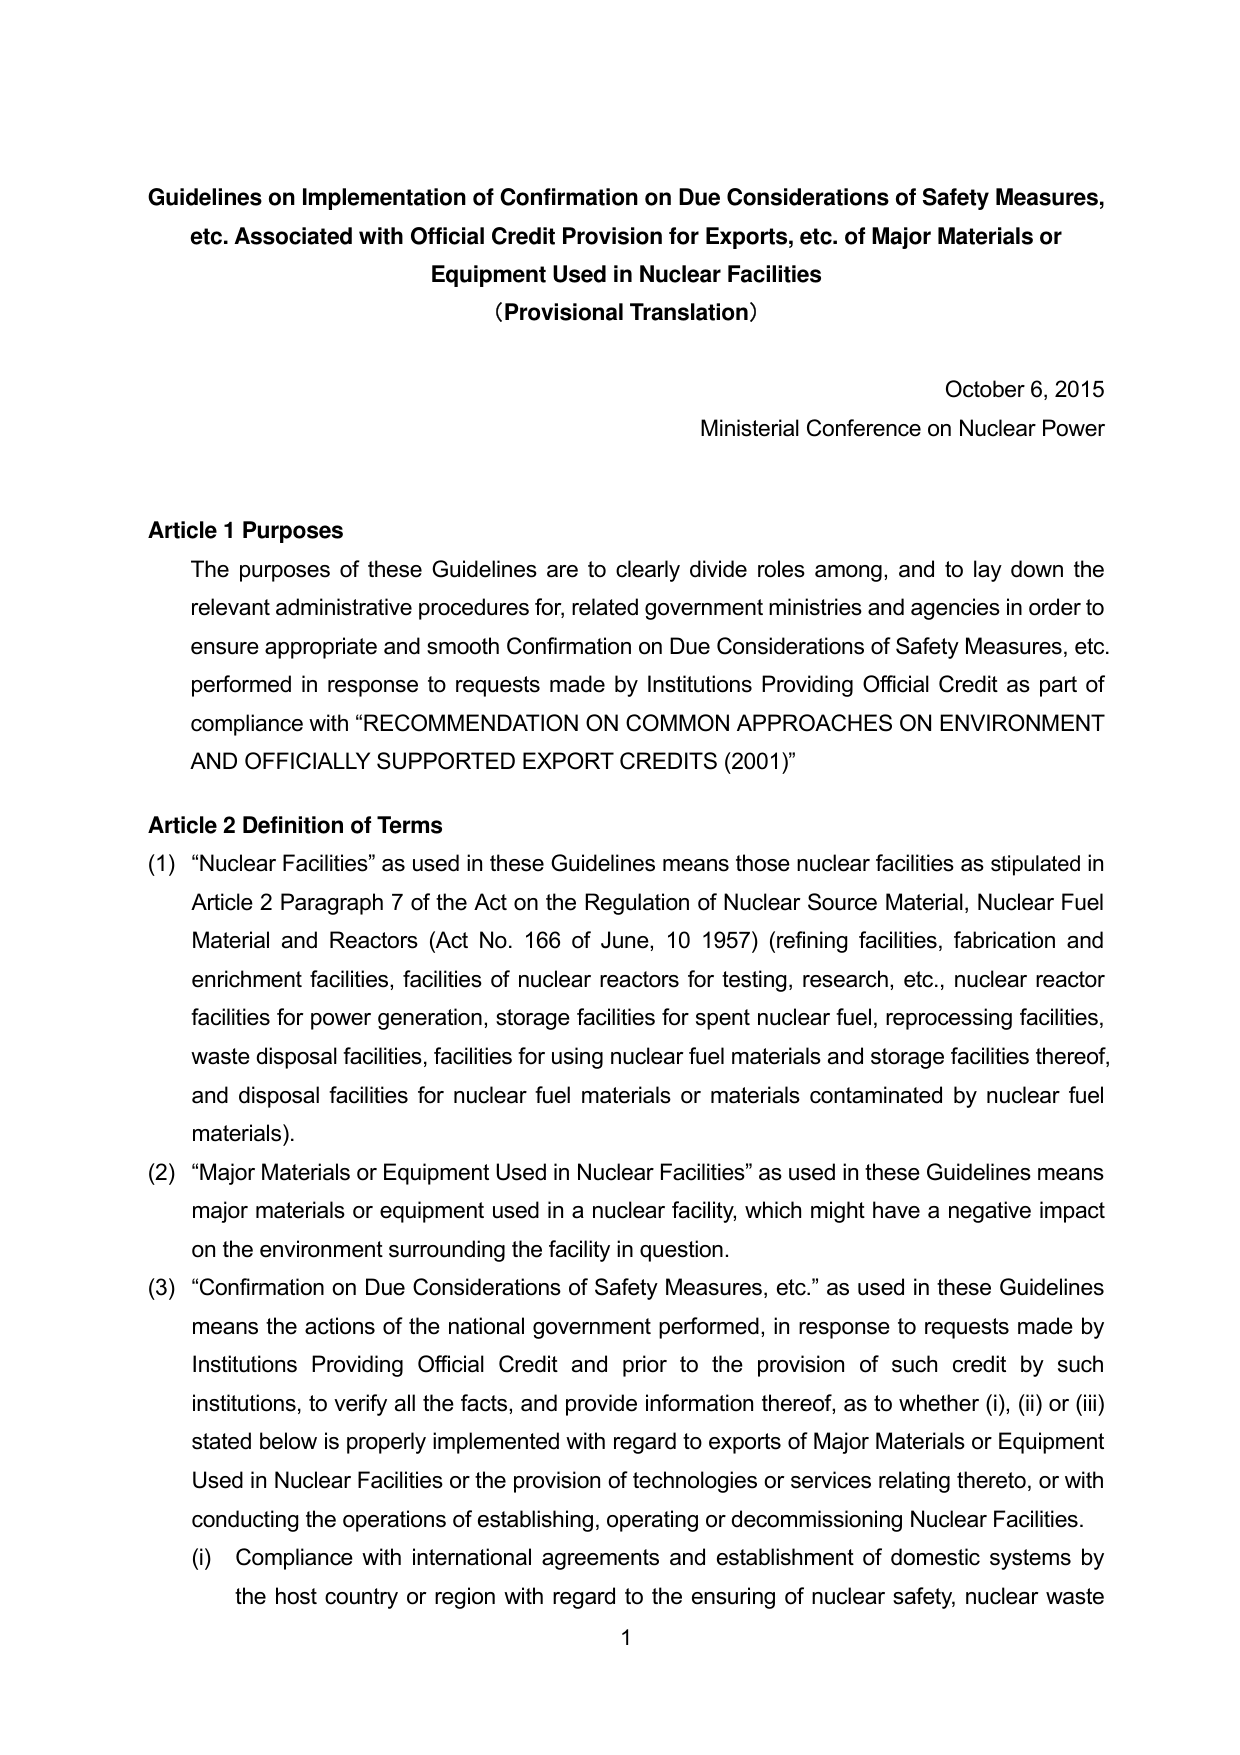
Guidelines on Implementation of Confirmation on Due Considerations of Safety Measures, etc. Associated with Official Credit Provision for Exports, etc. of Major Materials or Equipment Used in Nuclear Facilities
(Provisional Translation)

October 6, 2015
Ministerial Conference on Nuclear Power

Article 1 Purposes
The purposes of these Guidelines are to clearly divide roles among, and to lay down the relevant administrative procedures for, related government ministries and agencies in order to ensure appropriate and smooth Confirmation on Due Considerations of Safety Measures, etc. performed in response to requests made by Institutions Providing Official Credit as part of compliance with “RECOMMENDATION ON COMMON APPROACHES ON ENVIRONMENT AND OFFICIALLY SUPPORTED EXPORT CREDITS (2001)”

Article 2 Definition of Terms
(1) “Nuclear Facilities” as used in these Guidelines means those nuclear facilities as stipulated in Article 2 Paragraph 7 of the Act on the Regulation of Nuclear Source Material, Nuclear Fuel Material and Reactors (Act No. 166 of June, 10 1957) (refining facilities, fabrication and enrichment facilities, facilities of nuclear reactors for testing, research, etc., nuclear reactor facilities for power generation, storage facilities for spent nuclear fuel, reprocessing facilities, waste disposal facilities, facilities for using nuclear fuel materials and storage facilities thereof, and disposal facilities for nuclear fuel materials or materials contaminated by nuclear fuel materials).
(2) “Major Materials or Equipment Used in Nuclear Facilities” as used in these Guidelines means major materials or equipment used in a nuclear facility, which might have a negative impact on the environment surrounding the facility in question.
(3) “Confirmation on Due Considerations of Safety Measures, etc.” as used in these Guidelines means the actions of the national government performed, in response to requests made by Institutions Providing Official Credit and prior to the provision of such credit by such institutions, to verify all the facts, and provide information thereof, as to whether (i), (ii) or (iii) stated below is properly implemented with regard to exports of Major Materials or Equipment Used in Nuclear Facilities or the provision of technologies or services relating thereto, or with conducting the operations of establishing, operating or decommissioning Nuclear Facilities.
(i) Compliance with international agreements and establishment of domestic systems by the host country or region with regard to the ensuring of nuclear safety, nuclear waste

1